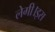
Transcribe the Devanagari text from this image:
लेगी।इस